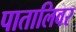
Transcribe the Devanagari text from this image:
पातालिवर